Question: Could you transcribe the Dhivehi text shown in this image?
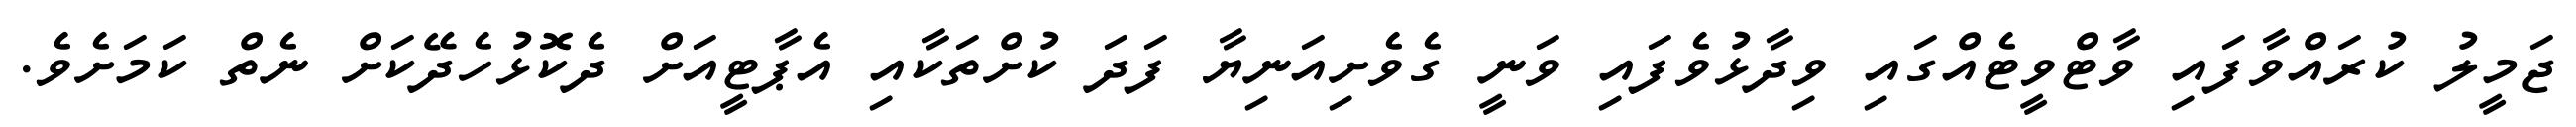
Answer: ޖަމީލު ކުރައްވާފައި ވާޓްވީޓެއްގައި ވިދާޅުވެފައި ވަނީ ގެވެށިއަނިޔާ ފަދަ ކުށްތަކާއި އެޕާޓީއަށް ދެކޮޅުހެދޭކަށް ނެތް ކަމަށެވެ.